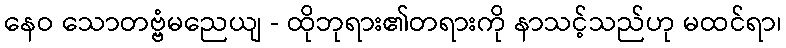
နေဝ သောတဗ္ဗံမညေယျ - ထိုဘုရား၏တရားကို နာသင့်သည်ဟု မထင်ရာ၊